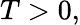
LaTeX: T>0,